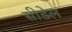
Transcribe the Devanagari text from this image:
सीडेल